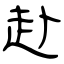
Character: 赴